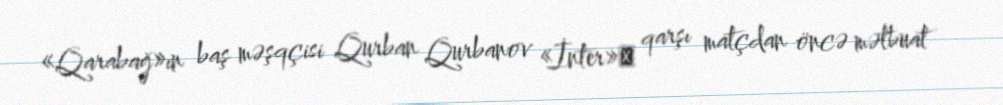
«Qarabağ»ın baş məşqçisi Qurban Qurbanov «İnter»ә qarşı matçdan öncə mətbuat